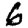
Digit: 6